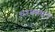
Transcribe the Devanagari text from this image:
चरमस्थल